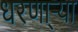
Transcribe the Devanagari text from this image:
धरणा्र्‍या